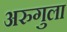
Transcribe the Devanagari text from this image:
अरुगुला